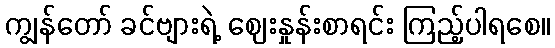
ကျွန်တော် ခင်ဗျားရဲ့ ဈေးနှုန်းစာရင်း ကြည့်ပါရစေ။